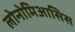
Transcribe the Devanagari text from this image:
लोनोमिआसिस